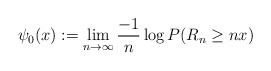
LaTeX: \begin{align*}\psi_0(x):=\lim_{n \to \infty}\frac{-1}{n}\log P(R_n\ge nx) \end{align*}